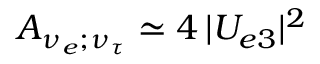
A _ { \nu _ { e } ; \nu _ { \tau } } \simeq 4 \, | U _ { e 3 } | ^ { 2 }